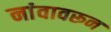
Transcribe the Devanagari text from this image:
नांवावरून